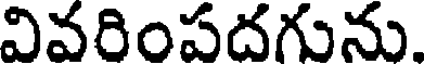
వివరింపదగును.